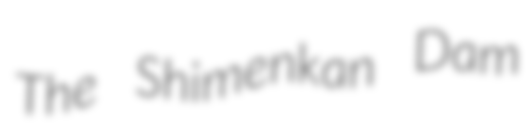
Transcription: The Shimenkan Dam